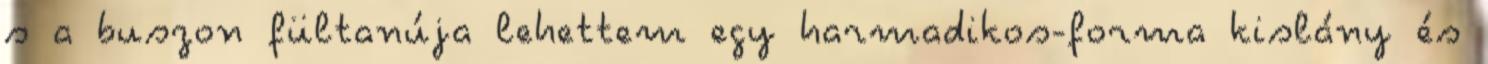
s a buszon fültanúja lehettem egy harmadikos-forma kislány és